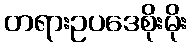
တရားဥပဒေစိုးမိုး